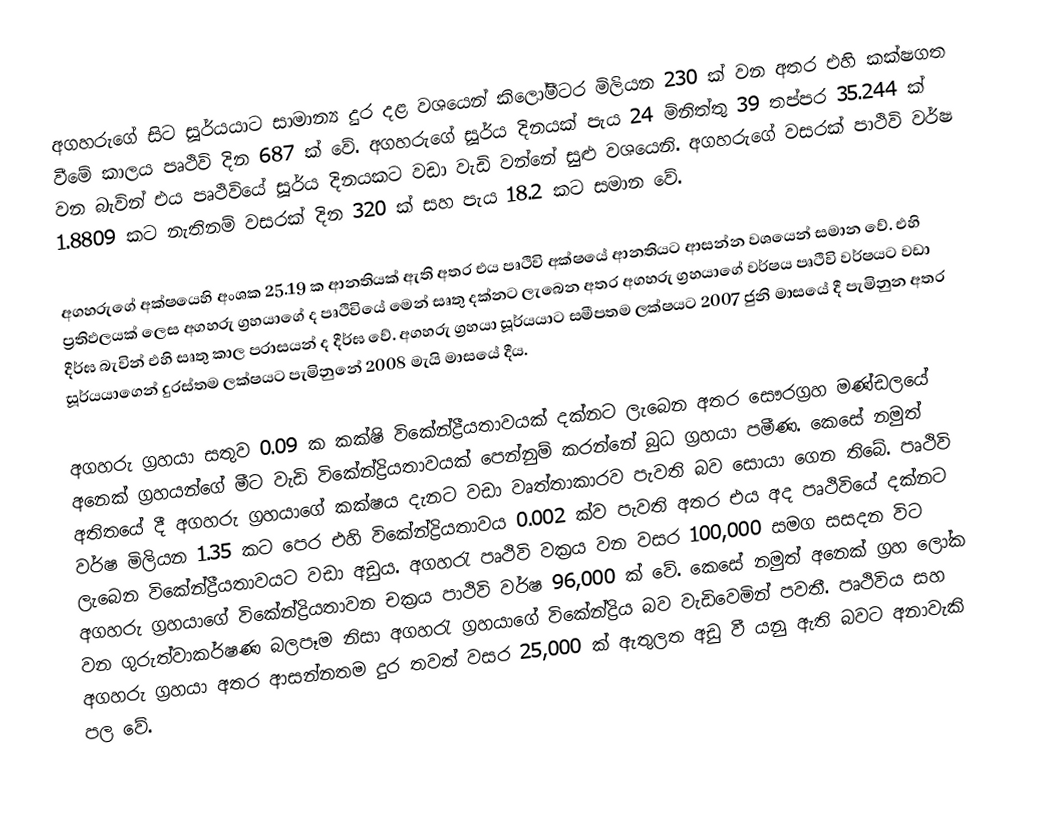
අගහරුගේ සිට සූර්යයාට සාමාන්‍ය දුර දළ වශයෙන් කිලෝමීටර මිලියන 230 ක් වන අතර එහි කක්ෂගත වීමේ කාලය පෘථිවි දින 687 ක් වේ. අගහරුගේ සූර්ය දිනයක් පැය 24 මිනිත්තු 39 තප්පර 35.244  ක් වන බැවින් එය පෘථිවියේ සූර්ය දිනයකට වඩා වැඩි වන්නේ සුළු වශයෙනි. අගහරුගේ වසරක්  පාථිවි වර්ෂ 1.8809 කට නැතිනම් වසරක් දින 320 ක් සහ පැය 18.2 කට සමාන වේ.

අගහරුගේ අක්ෂයෙහි අංශක 25.19 ක ආනතියක් ඇති අතර එය පෘථිවි අක්ෂයේ ආනතියට ආසන්න වශයෙන් සමාන වේ. එහි ප්‍රතිඵලයක් ලෙස අගහරු ග්‍රහයාගේ ද පෘථිවියේ මෙන් සෘතු දක්නට ලැබෙන අතර අගහරු ග්‍රහයාගේ වර්ෂය පෘථිවි වර්ෂයට වඩා දීර්ඝ බැවින් එහි සෘතු කාල පරාසයන් ද දීර්ඝ වේ. අගහරු ග්‍රහයා සූර්යයාට සමීපතම ලක්ෂයට 2007 ජුනි මාසයේ දී පැමිනුන අතර සූර්යයාගෙන්  දුරස්තම ලක්ෂයට පැමිනුනේ 2008 මැයි මාසයේ දීය.

අගහරු ග්‍රහයා සතුව 0.09 ක කක්ෂි විකේන්ද්‍රීයතාවයක් දක්නට ලැබෙන අතර සෞරග්‍රහ මණ්ඩලයේ අනෙක්  ග්‍රහයන්ගේ මීට වැඩි විකේන්ද්‍රියතාවයක් පෙන්නුම් කරන්නේ බුධ ග්‍රහයා පමීණ. කෙසේ නමුත් අතිතයේ දී අගහරු ග්‍රහයාගේ කක්ෂය දැනට වඩා වෘත්තාකාරව පැවති බව සොයා ගෙන තිබේ. පෘථිවි වර්ෂ මිලියන 1.35 කට පෙර  එහි විකේන්ද්‍රියතාවය 0.002 ක්ව පැවති අතර එය අද පෘථිවියේ දක්නට ලැබෙන  විකේන්ද්‍රීයතාවයට වඩා අඩුය. අගහරැ පෘථිවි වක්‍රය වන වසර 100,000 සමග සසදන විට අගහරු ග්‍රහයාගේ විකේන්ද්‍රියතාවන චක්‍රය පාථිවි වර්ෂ 96,000 ක් වේ. කෙසේ නමුත් අනෙක් ග්‍රහ ලෝක වන ගුරුත්වාකර්ෂණ බලපෑම නිසා අගහරැ ග්‍රහයාගේ විකේන්ද්‍රිය බව වැඩිවෙමින් පවතී. පෘථිවිය සහ අගහරු ග්‍රහයා අතර ආසන්නතම දුර තවත් වසර 25,000 ක් ඇතුලත  අඩු වී යනු ඇති බවට  අනාවැකි පල වේ.